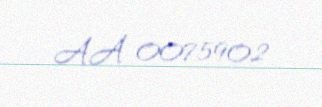
AA 0075902